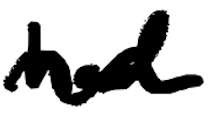
Text: had
Cross-out: wave
Writing tool: digital_black